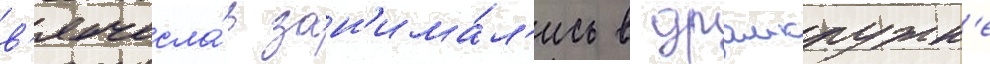
в'ячесла́в зан'има́л'ись в драмкружк'е